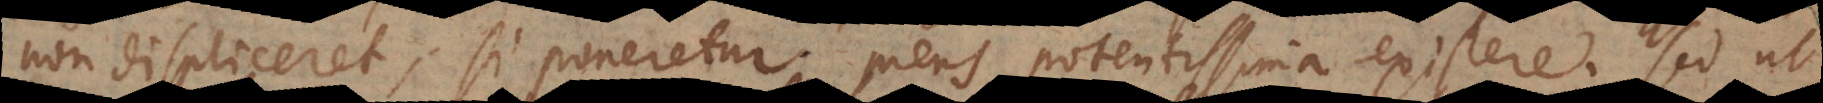
non displiceret, si poneretur mens potentissima existere. Sed ut